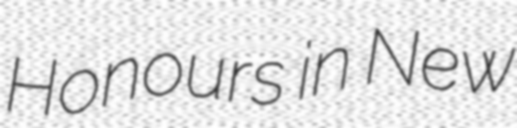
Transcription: Honours in New